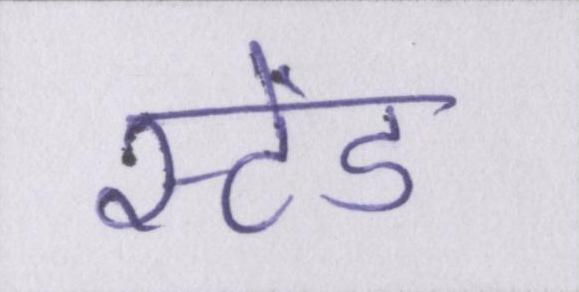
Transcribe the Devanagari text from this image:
स्टेंड